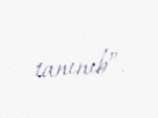
tanınıb”.